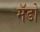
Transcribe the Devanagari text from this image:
मॅडो